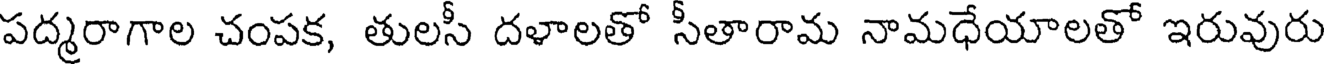
పద్మరాగాల చంపక, తులసీ దళాలతో సీతారామ నామధేయాలతో ఇరువురు